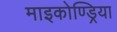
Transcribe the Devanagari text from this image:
माइकोण्ड्रिया